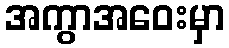
အကွာအဝေးမှာ